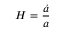
H = { \frac { \dot { a } } { a } }